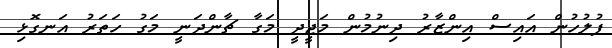
ފުލުހުން އައިސް އިންޒާރު ދިނުމުން މަޖީދީ މަގާ ޗާންދަނީ މަގު ހަތަރު އަނގޮޅި